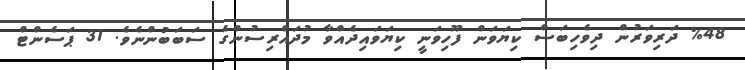
%48 ދަރިވަރުން ދިވެހިބަސް ކިޔަވަން ފޫހިވަނީ ކިޔަވައިދެއްވާ މުދައްރިސުންގެ ސަބަބުންނެވެ. 31 ޕަސެންޓް